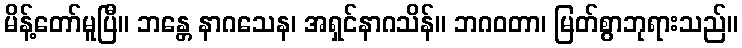
မိန့်တော်မူပြီ။ ဘန္တေ နာဂသေန၊ အရှင်နာဂသိန်။ ဘဂဝတာ၊ မြတ်စွာဘုရားသည်။